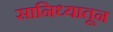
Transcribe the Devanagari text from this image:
सानिध्यातून